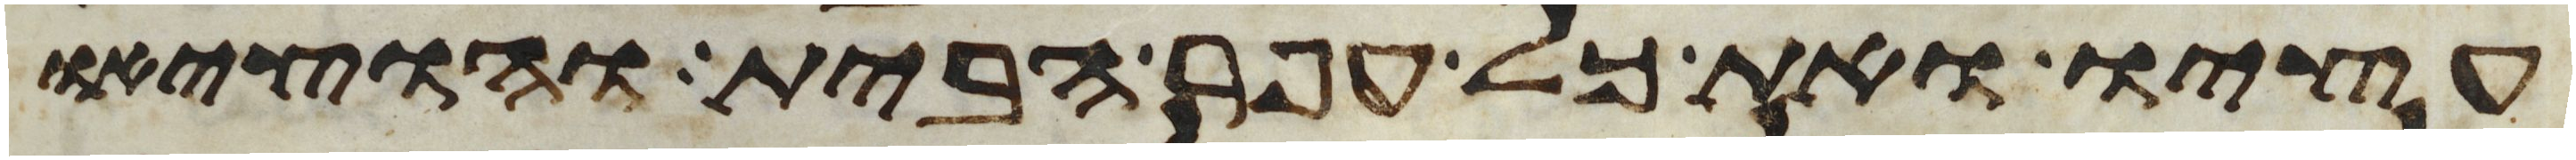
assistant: עציו ואת כל עפר הבית והוציאו